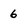
Character: 6